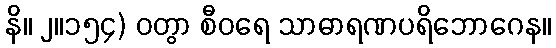
နိ။ ၂။၁၅၄) ဝတွာ စီဝရေ သာဓာရဏပရိဘောဂေန။